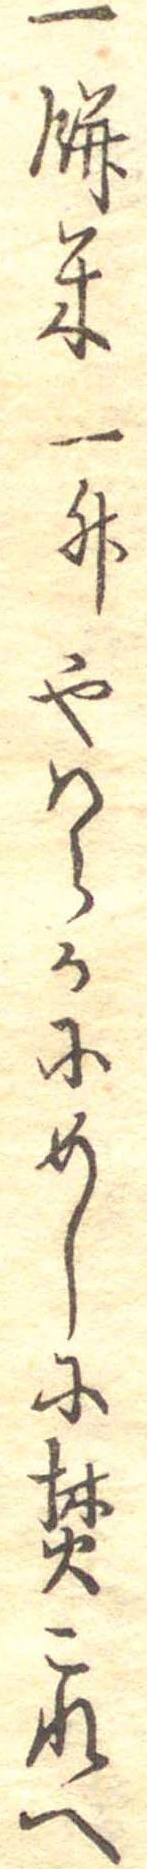
一餅米一升やはらかにめしに焚これへ